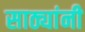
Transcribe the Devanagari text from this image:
साठ्यांनी